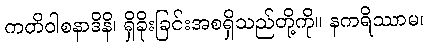
ကတိဝါစနာဒိနိ၊ ရှိခိုးခြင်းအစရှိသည်တို့ကို။ နကရိဿာမ၊